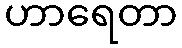
ဟာရေတာ